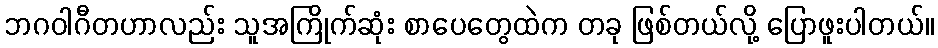
ဘဂဝါဂီတဟာလည်း သူအကြိုက်ဆုံး စာပေတွေထဲက တခု ဖြစ်တယ်လို့ ပြောဖူးပါတယ်။